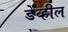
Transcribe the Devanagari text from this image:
डेव्हील